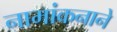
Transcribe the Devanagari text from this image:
नामांकनाने